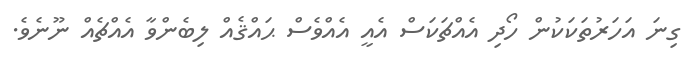
ގިނަ އަހަރުތަކަކުން ހޯދި އެއްޗަކަސް އެއީ އެއްވެސް ޙައްޤެއް ލިބެންވާ އެއްޗެއް ނޫނެވެ.